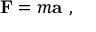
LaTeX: \mathbf { F } = m \mathbf { a } \ ,